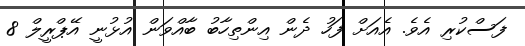
ފަސްކުރި އެވެ. އެއަށް ފަހު ދެން އިންތިހާބު ބާއްވަން އުޅުނީ އޭޕްރީލް 8